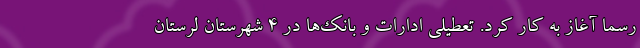
رسما آغاز به کار کرد. تعطیلی ادارات و بانک‌ها در 4 شهرستان لرستان